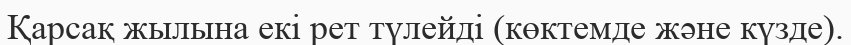
Қарсақ жылына екі рет түлейді (көктемде және күзде).